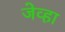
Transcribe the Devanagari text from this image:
जेव्‍हा